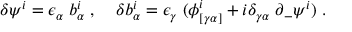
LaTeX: \delta \psi ^ { i } = \epsilon _ { \alpha } \; b _ { \alpha } ^ { i } \; , \; \; \; \; \delta b _ { \alpha } ^ { i } = \epsilon _ { \gamma } \; ( \phi _ { [ \gamma \alpha ] } ^ { i } + i \delta _ { \gamma \alpha } \; \partial _ { - } \psi ^ { i } ) \; .